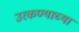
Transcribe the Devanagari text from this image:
उरकण्याच्या